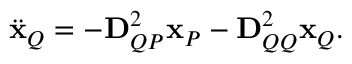
\ddot { \mathbf { x } } _ { Q } = - \mathbf { D } _ { Q P } ^ { 2 } \mathbf { x } _ { P } - \mathbf { D } _ { Q Q } ^ { 2 } \mathbf { x } _ { Q } .